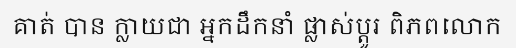
គាត់ បាន ក្លាយជា អ្នកដឹកនាំ ផ្លាស់ប្តូរ ពិភពលោក